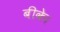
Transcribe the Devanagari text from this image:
बीके।